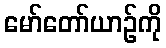
မော်တော်ယာဉ်ကို